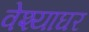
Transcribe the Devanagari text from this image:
वेश्याघर